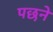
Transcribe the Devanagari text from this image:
पछने